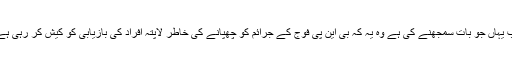
اب یہاں جو بات سمجھنے کی ہے وہ یہ کہ بی این پی فوج کے جرائم کو چھپانے کی خاطر لاپتہ افراد کی بازیابی کو کیش کر رہی ہے۔